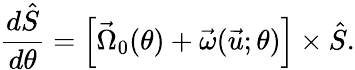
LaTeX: \frac{d\hat{S}}{d\theta}=\left[\vec{\Omega}_{0}(\theta)+\vec{\omega}(\vec{u};\theta)\right]\times\hat{S}.